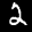
Label: 2